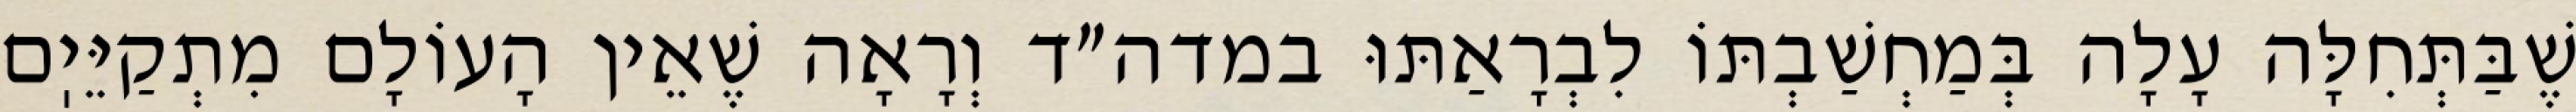
שֶׁבַּתְּחִלָּה עָלָה בְּמַחְשַׁבְתּוֹ לִבְרָאַתּוּ במדה״ד וְרָאָה שֶׁאֵין הָעוֹלָם מִתְקַיֵּיֽם